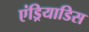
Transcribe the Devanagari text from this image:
एंड्रियाडिस